Report on vaccination North-West Frontier Province 1904-1922 - 1904-1922
Year: 1904
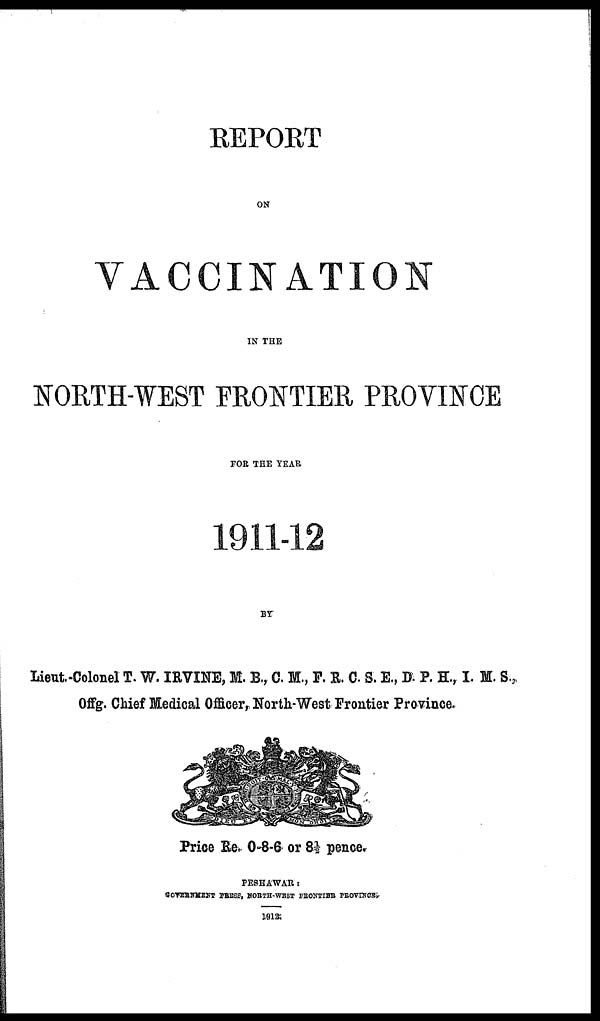
REPORT
ON
VACCINATION
IN THE
NORTH-WEST FRONTIER PROVINCE
FOR THE YEAR
1911-12
BY
Lieut.-Colonel T. W. IRVINE, M. B., C. M., F. R. C. S. E., D. P. H., I. M. S.
Offg. Chief Medical Officer, North-West Frontier Province.
Price Re. 0-8-6 or 8½ pence.
PESHAWAR:
GOVERNMENT PRESS, NORTH-WEST FRONTIER PROVINCE.
1912